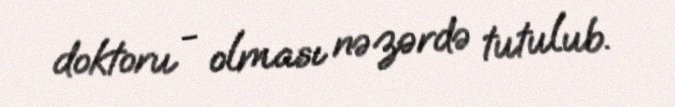
doktoru - olması nəzərdə tutulub.